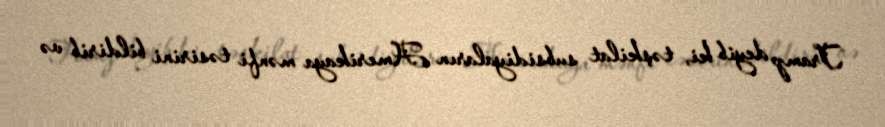
Tramp deyib ki, təşkilat subsidiyaların Amerikaya mənfi təsirini bildirib və